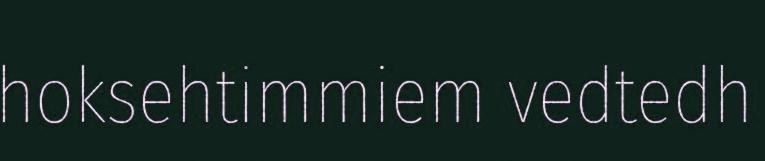
hoksehtimmiem vedtedh